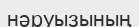
нәруызының